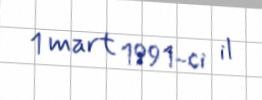
1 mart 1991-ci il